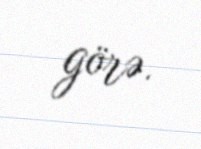
görə.